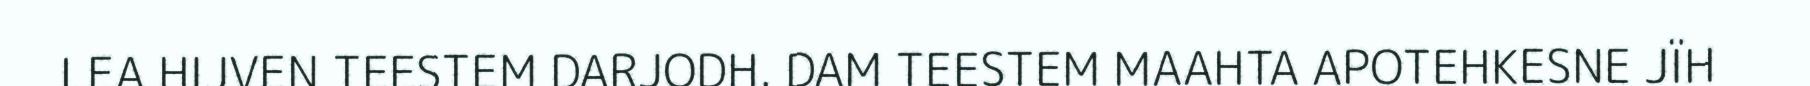
LEA HIJVEN TEESTEM DARJODH. DAM TEESTEM MAAHTA APOTEHKESNE JÏH